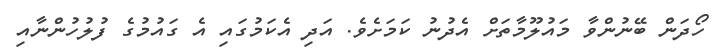
ހޯދަން ބޭނުންވާ މައުލޫމާތަށް އެދުނު ކަމަށެވެ. އަދި އެކަމުގައި އެ ގައުމުގެ ފުލުހުންނާއި